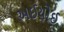
અઈયોઈ